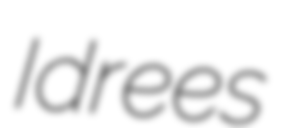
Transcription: Idrees